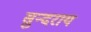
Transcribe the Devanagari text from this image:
सुन्दराय